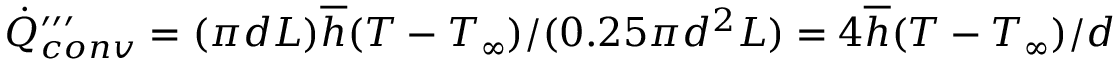
\dot { Q } _ { c o n v } ^ { \prime \prime \prime } = ( \pi d L ) \overline { { h } } ( T - T _ { \infty } ) / ( 0 . 2 5 \pi d ^ { 2 } L ) = 4 \overline { { h } } ( T - T _ { \infty } ) / d